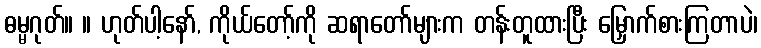
ဓမ္မဂုတ်။ ။ ဟုတ်ပါ့နော်, ကိုယ်တော့်ကို ဆရာတော်များက တန်းတူထားပြီး မြှောက်စားကြတာပဲ၊